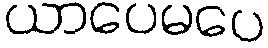
ယာပေမပေ